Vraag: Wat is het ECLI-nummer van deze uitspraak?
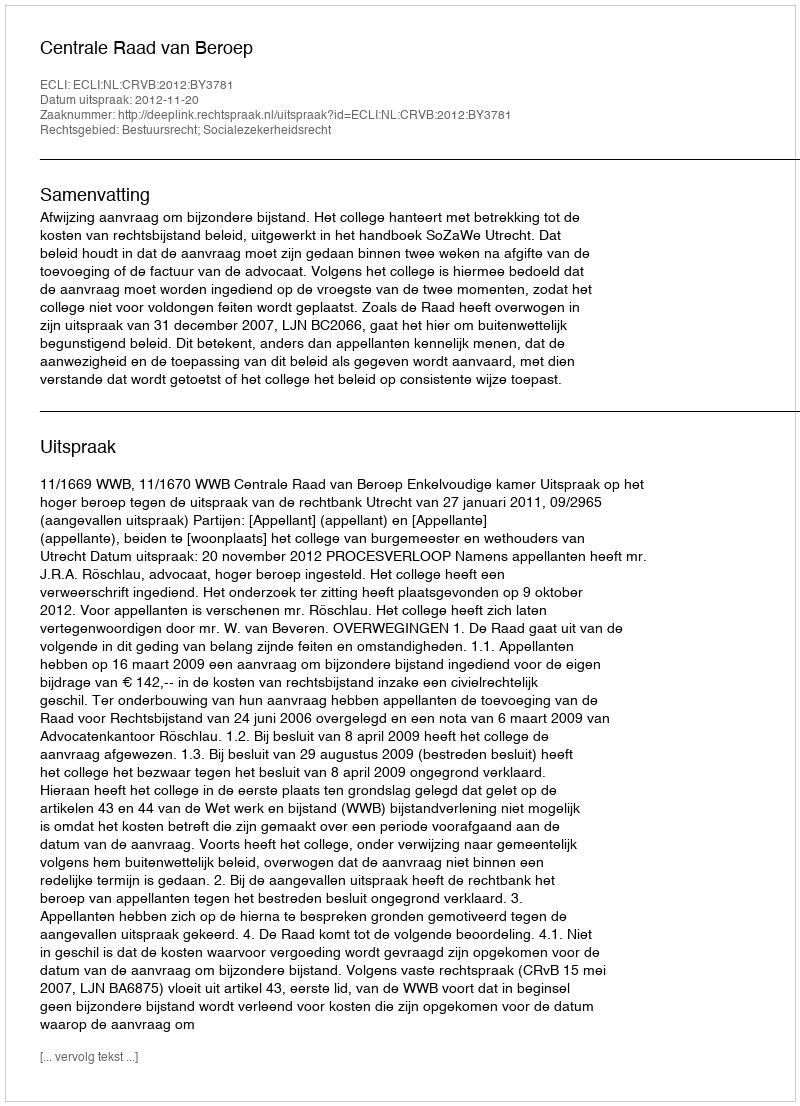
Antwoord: ECLI:NL:CRVB:2012:BY3781